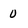
Character: 0